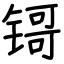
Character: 鿔